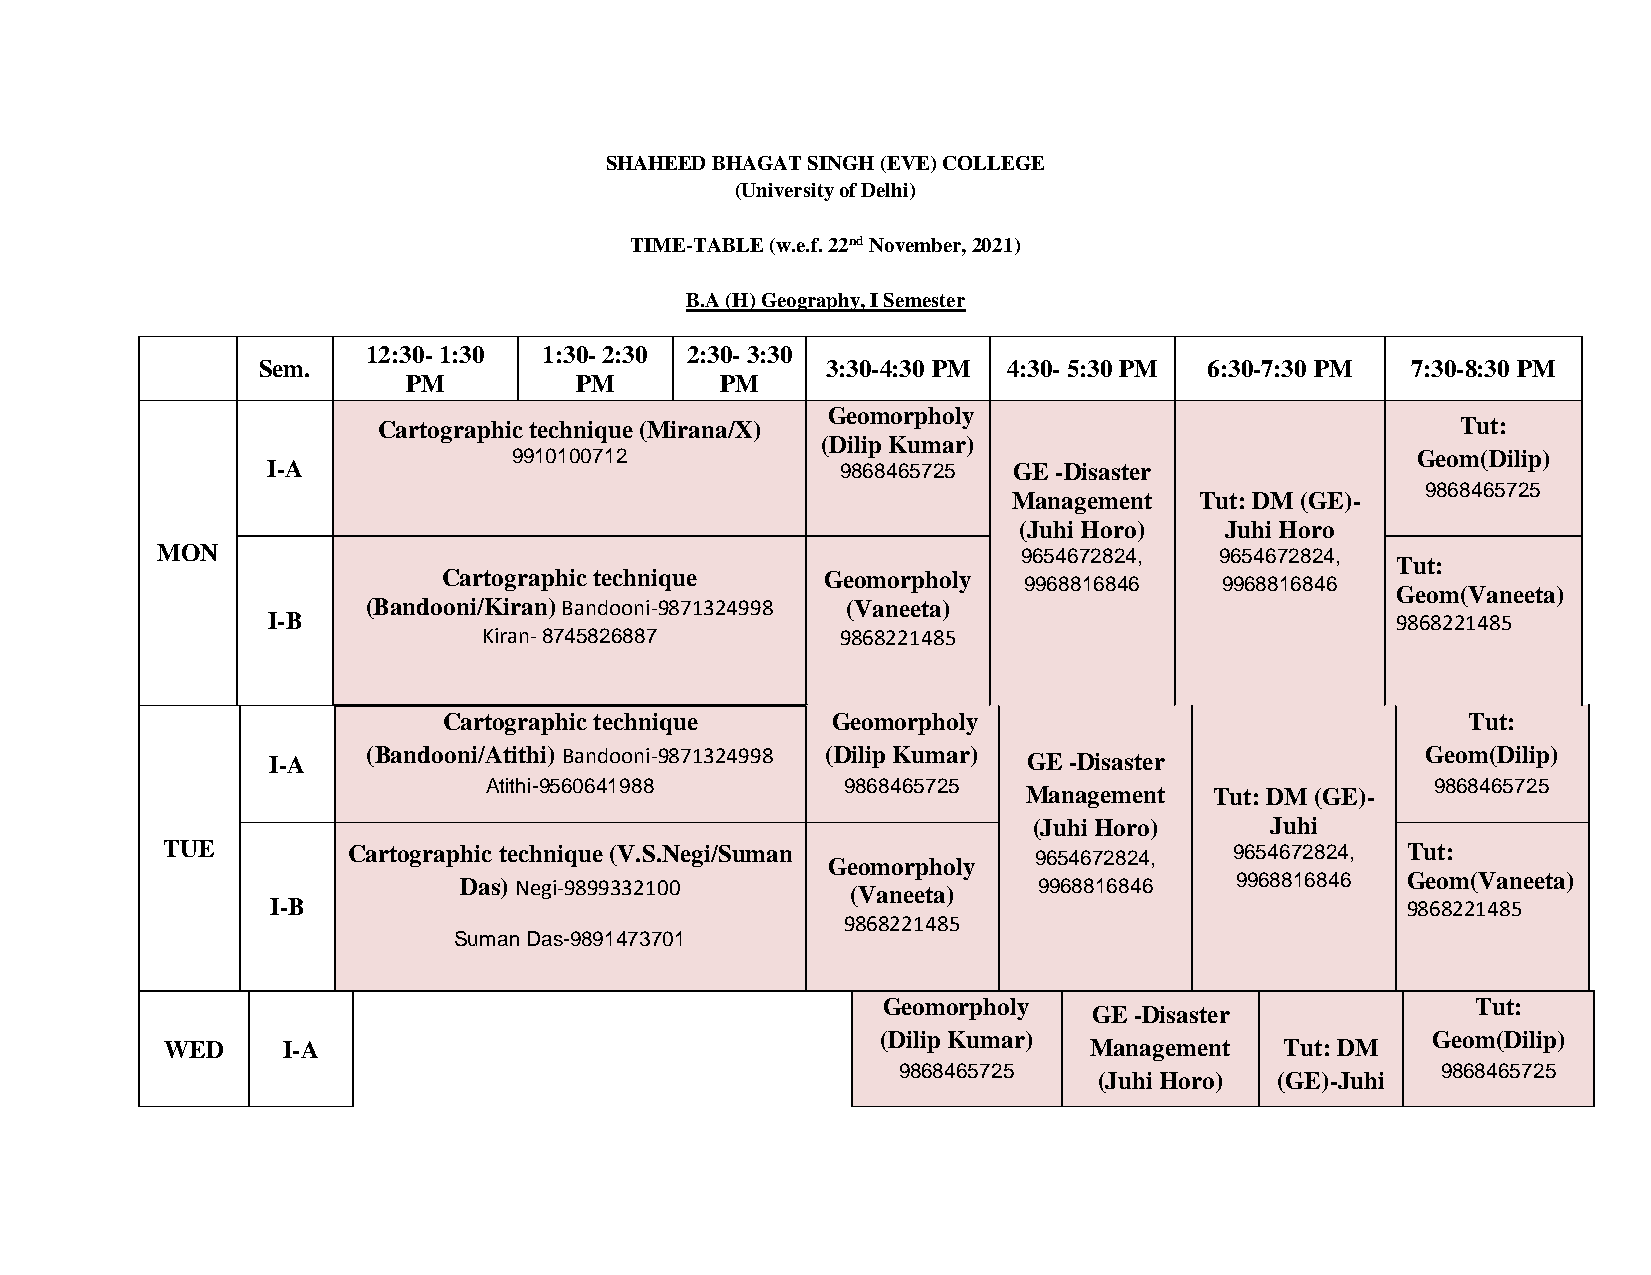
SHAHEED BHAGAT SINGH (EVE) COLLEGE
 (University of Delhi)
 TIME-TABLE (w.e.f. 22nd November, 2021)
 B.A (H) Geography, I Semester
 12:30- 1:30 1:30- 2:30 2:30- 3:30
 Sem.                                  3:30-4:30 PM 4:30- 5:30 PM 6:30-7:30 PM 7:30-8:30 PM
 PM         PM        PM
 Geomorpholy
 Cartographic technique (Mirana/X)                                       Tut:
 (Dilip Kumar)
 9910100712                                                  Geom(Dilip)
 I-A                                   9868465725 GE -Disaster
 9868465725
 Management  Tut: DM (GE)-
 (Juhi Horo)   Juhi Horo
 MON                                                       9654672824,  9654672824,
 Tut:
 Cartographic technique    Geomorpholy  9968816846   9968816846
 Geom(Vaneeta)
 (Bandooni/Kiran) Bandooni-9871324998 (Vaneeta)
 I-B                                                                       9868221485
 Kiran- 8745826887       9868221485
 Cartographic technique    Geomorpholy                               Tut:
 I-A   (Bandooni/Atithi) Bandooni-9871324998 (Dilip Kumar) GE -Disaster      Geom(Dilip)
 Atithi-9560641988       9868465725                             9868465725
 Management  Tut: DM (GE)-
 (Juhi Horo)     Juhi
 TUE         Cartographic technique (V.S.Negi/Suman Geomorpholy 9654672824, 9654672824, Tut:
 Das) Negi-9899332100      (Vaneeta)    9968816846   9968816846 Geom(Vaneeta)
 I-B                                                                        9868221485
 9868221485
 Suman Das-9891473701
 Geomorpholy                             Tut:
 GE -Disaster
 (Dilip Kumar)                        Geom(Dilip)
 WED     I-A                                                  Management   Tut: DM
 9868465725                          9868465725
 (Juhi Horo) (GE)-Juhi